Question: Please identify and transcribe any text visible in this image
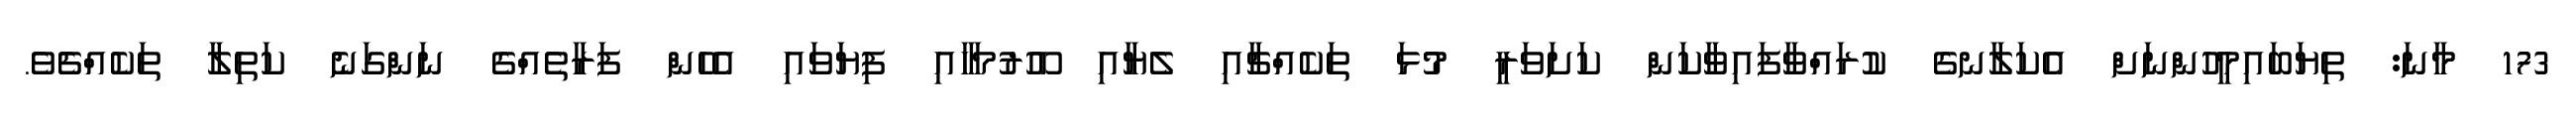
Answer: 173 މާނަ: ތިޔަބައިމީހުންނަށް އެކަލާނގެ ކުރައްވާފައިވާކަން ކަށަވަރީ މުޅަ ތަކެއްޗާއި ލެޔާއި އޫރުމަހާއި ފިޔަވައި އެހެން ފަރާތެއްގެ ނަންގަނެ ކަތިލާ ތަކެއްޗެވެ.